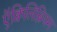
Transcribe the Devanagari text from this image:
ऍक्विलिब्रियम